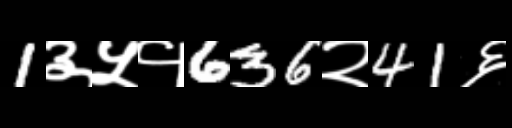
Text: 1३५१636२41६